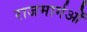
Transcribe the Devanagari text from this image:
राजमार्गओं